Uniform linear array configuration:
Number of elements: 12
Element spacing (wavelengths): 1
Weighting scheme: binomial
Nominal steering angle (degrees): -60
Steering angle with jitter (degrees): -60.807
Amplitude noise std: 0.05
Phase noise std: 0.05

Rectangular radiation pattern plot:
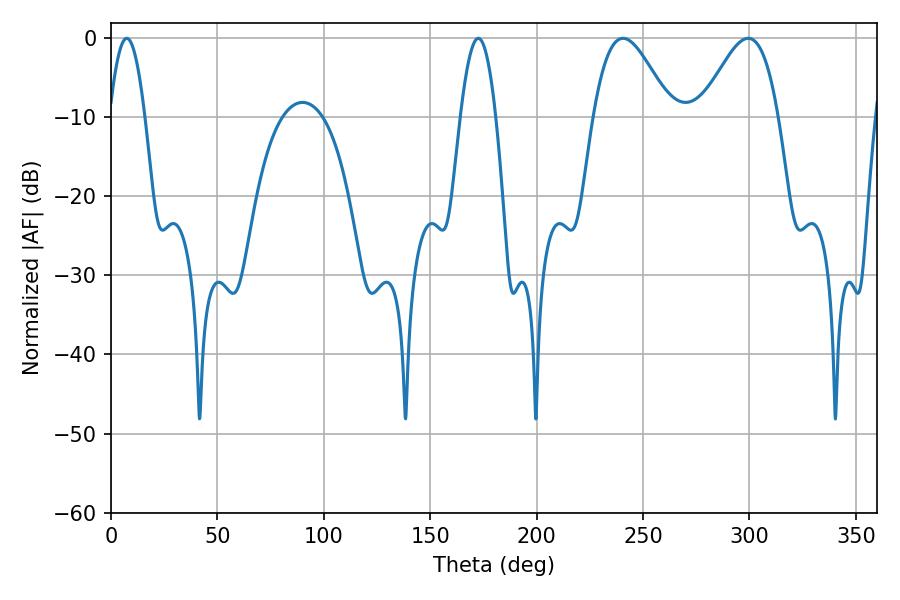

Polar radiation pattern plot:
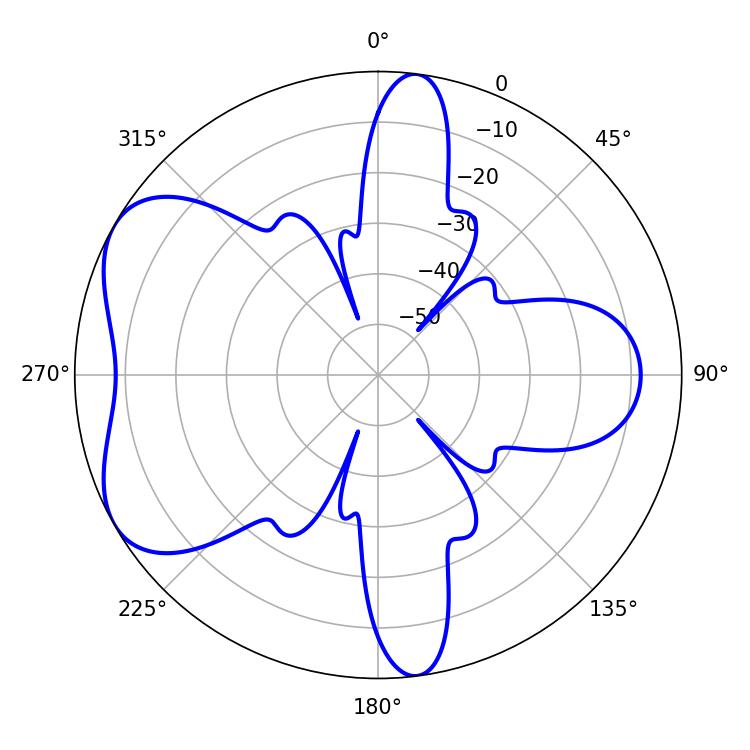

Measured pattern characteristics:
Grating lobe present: TRUE
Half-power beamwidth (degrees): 9
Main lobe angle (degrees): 7.38